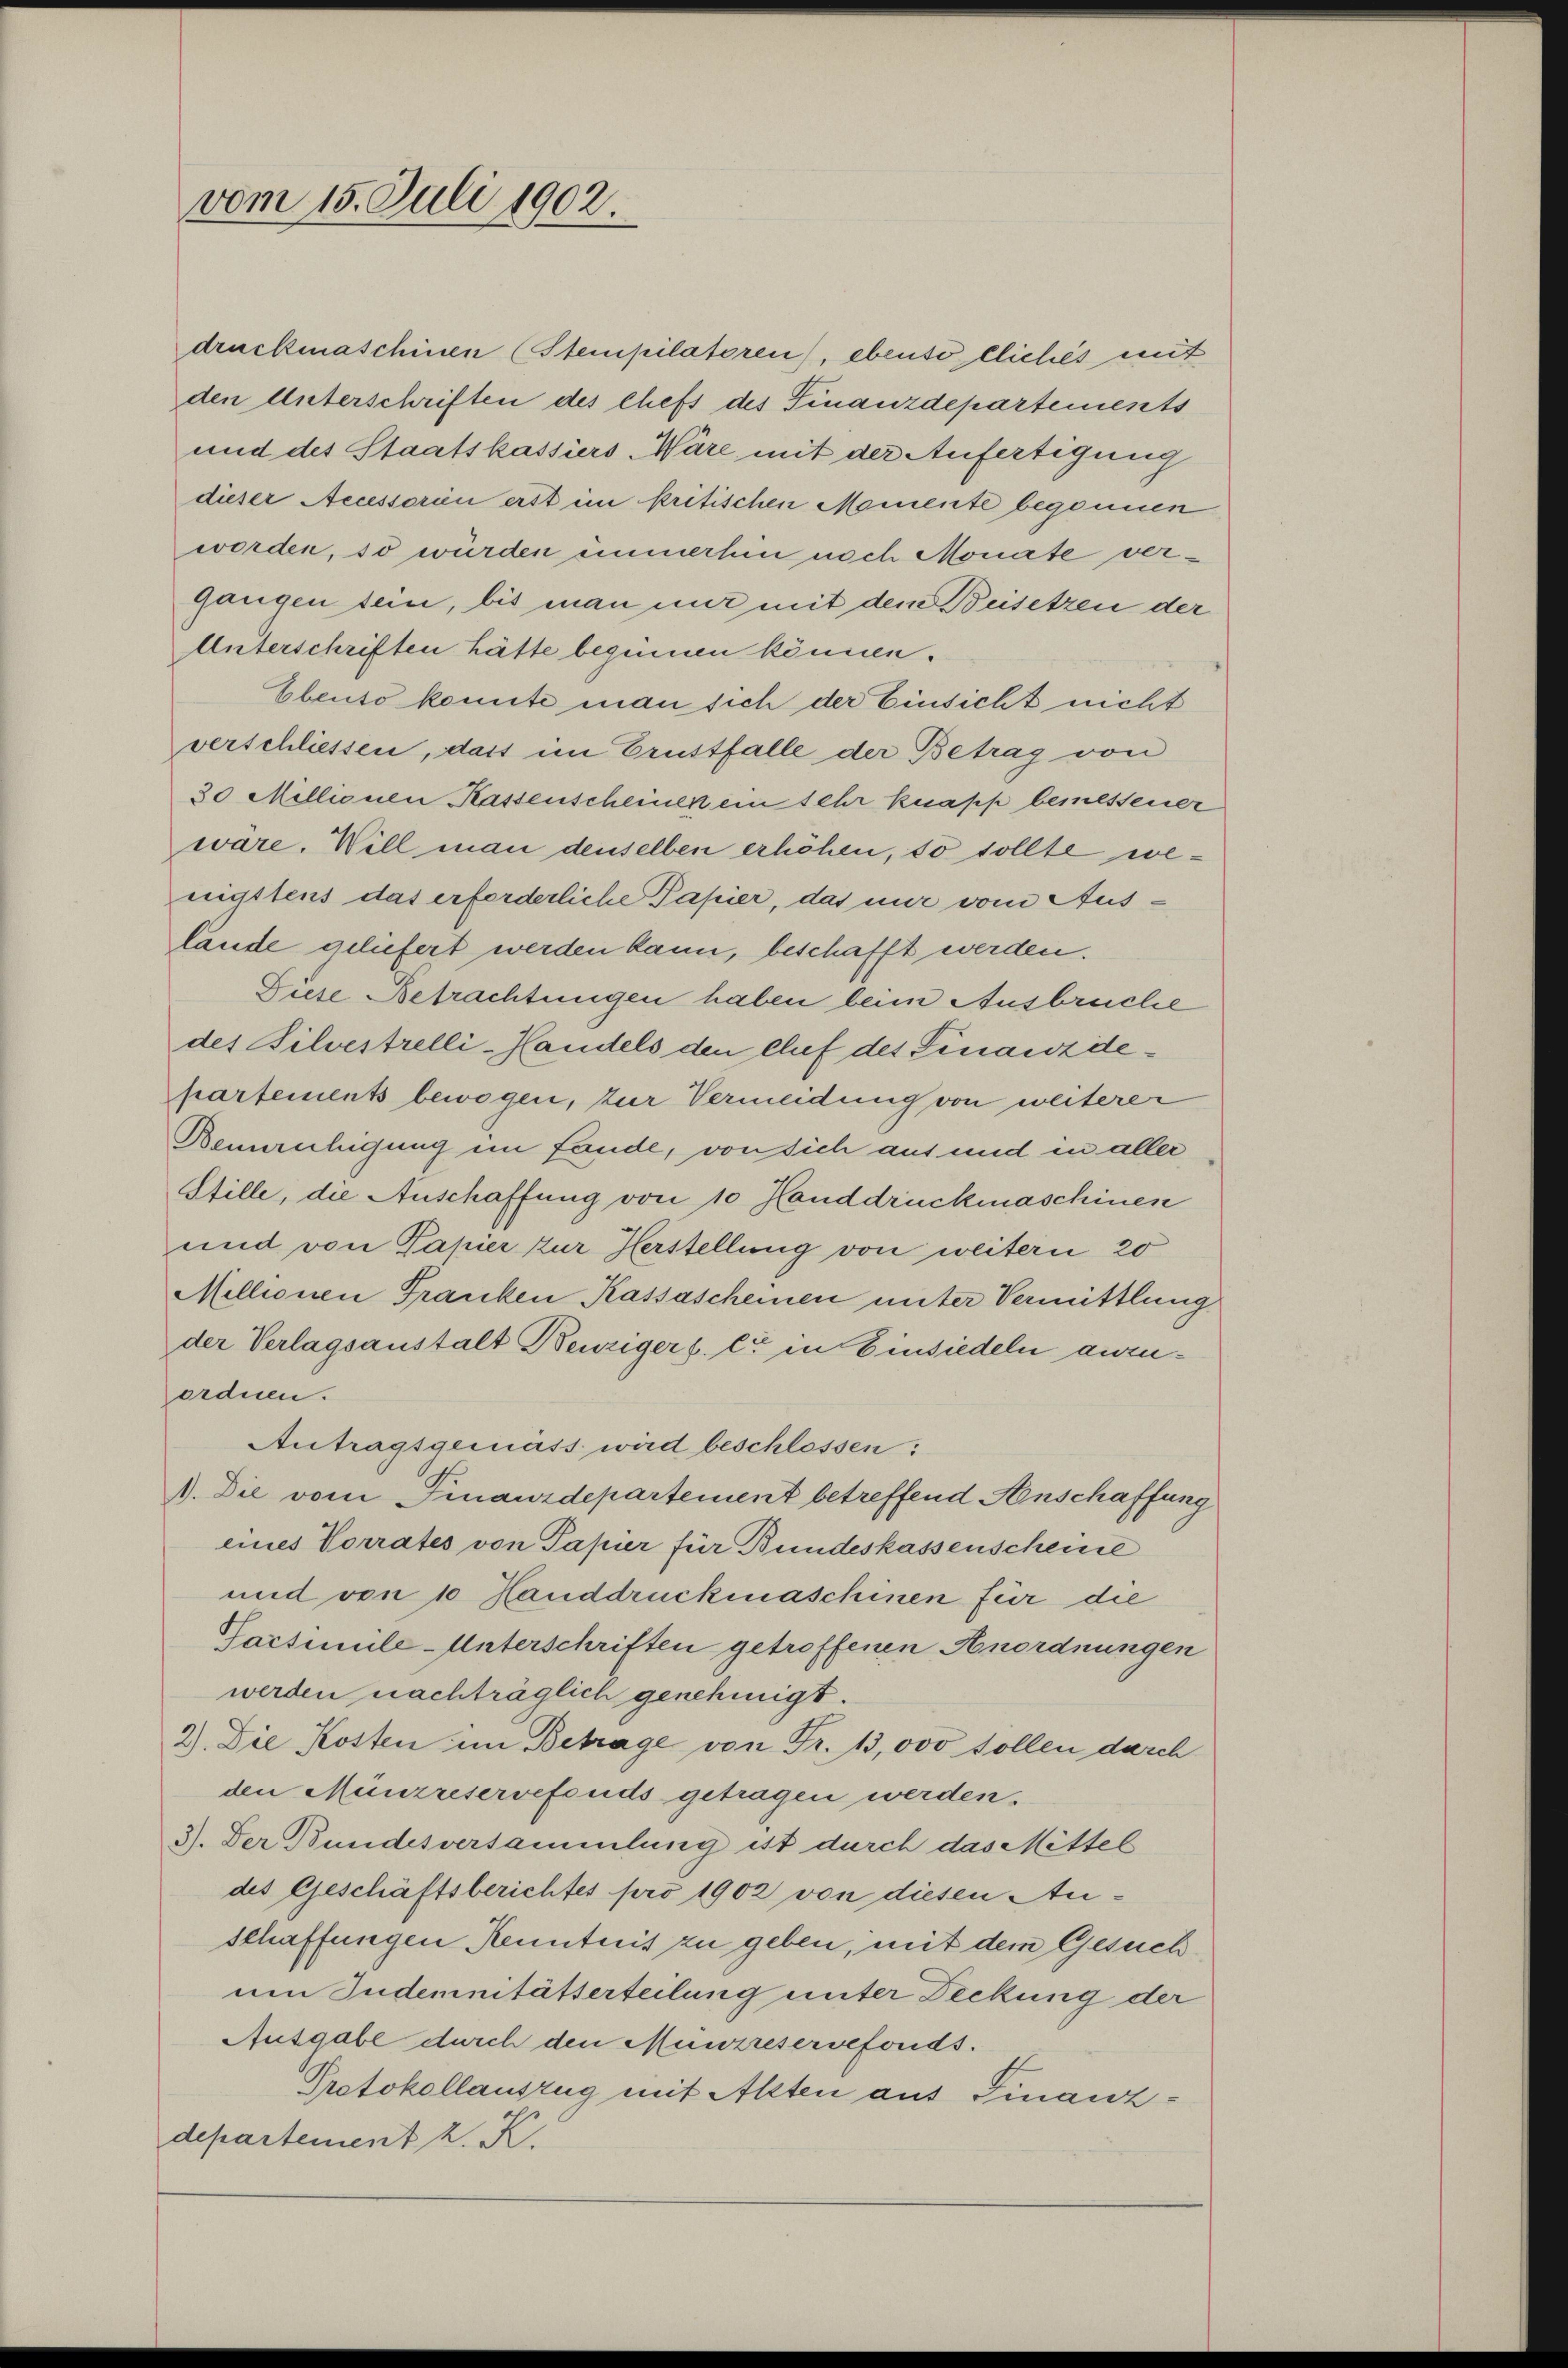
vom 15. Juli 1902.

worden, so würden immerhin noch Monate vergangen sein, bis man nur mit dem Beisetzen der
Unterschriften hätte beginnen können.
Ebenso konnte man sich der Einsicht nicht
verschliessen, dass im Brustfalle der Betrag von
30 Millionen Kassenscheinen ein sehr knapp bemessener
wäre. Will man denselben erhöhen, so sollte wenigstens das erforderliche Papier, das nur vom Auslände geliefert werden kann, beschafft werden.
Diese Betrachtungen haben beim Ausbruche
des Bilvestrelli-Handels den Chef des Finanzdepartements bewogen, zur Vermeidung von weiterer
Beunruhigung im fande, von sich aus und in aller
Stille, die Anschaffung von 10 Handdruckmaschinen
und von Papier zur Herstellung von weitern 20
Millionen Franken Kassascheinen unter Vermittlung
der Verlagsanstalt Benzigers. c. in Einsiedeln anzuordnen.
Antragsgemäss wird beschlossen:
1. Die vom Finanzdepartement betreffend Anschaffung
eines Vorrates von Papier für Bundeskassenscheine
und von 10 Handdruckmaschinen für die
Tacsimile-Unterschriften getroffenen Anordnungen
werden nachträglich genehmigt.
2). Die Kosten im Betrage von Fr. 13,000 sollen durch
den Münzreservefonds getragen werden.
3). Der Bundesversammlung ist durch das Mittel
des Geschäftsberichtes pro 1902 von diesen Auschaffungen Kenntnis zu geben, mit dem Gesuch
uen Judemnitätterteilung unter Deckung der
Ausgabe durch den Munzreservefonds.
Protokollauszug mit Alten aus Finanzdepartement 2. K.

druckmaschinen (Stempilatoren), ebenso eliches mit
den Unterschriften des chefs des Finanzdepartements
und des Staatskassiers Wäre mit der Anfertigung
dieser Aecessorien erst im kritischen Momente begonnen